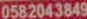
0582043849